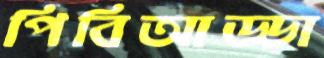
পিবিআড্ডা